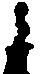
候